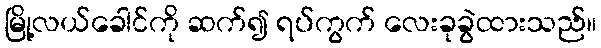
မြို့လယ်ခေါင်ကို ဆက်၍ ရပ်ကွက် လေးခုခွဲထားသည်။